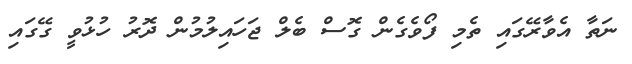
ނަތާ އެވާރޭގައި ތެމި ފޯވެގެން ގޮސް ބެލް ޖަހައިލުމުން ދޮރު ހުޅުވީ ގޭގައި